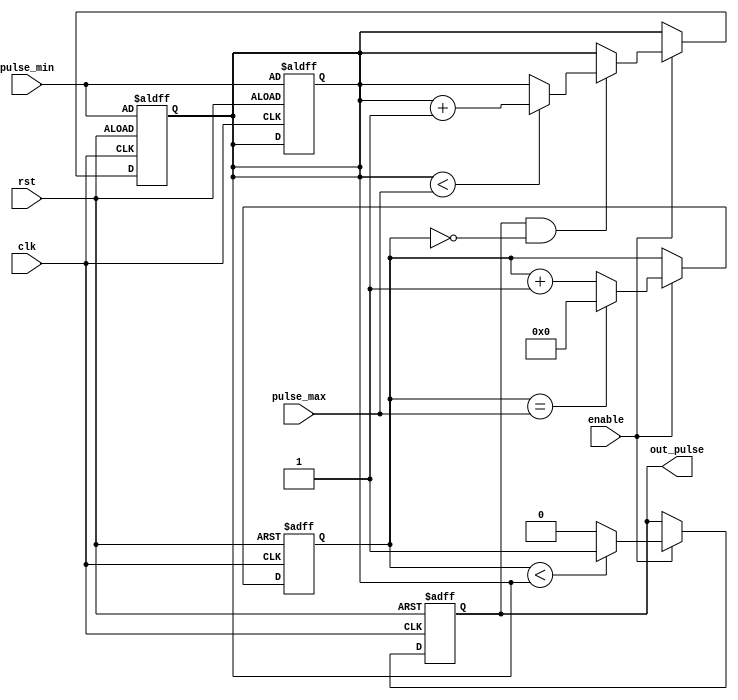
module VariablePulseWidthGenerator (
    input wire clk,
    input wire rst,
    input wire enable,
    input wire [7:0] pulse_min,
    input wire [7:0] pulse_max,
    output reg out_pulse
);

reg [15:0] counter;
reg [7:0] pulse_width;

always @(posedge clk or posedge rst) begin
    if (rst) begin
        counter <= 0;
        pulse_width <= pulse_min;
        out_pulse <= 0;
    end else begin
        if (enable) begin
            if (counter < pulse_width) begin
                out_pulse <= 1;
            end else begin
                out_pulse <= 0;
            end
            counter <= counter + 1;
            if (counter == pulse_max) begin
                counter <= 0;
            end
        end
    end
end

always @(posedge clk or posedge rst) begin
    if (rst) begin
        pulse_width <= pulse_min;
    end else begin
        if (enable) begin
            if (out_pulse && counter == 0) begin
                if (pulse_width < pulse_max) begin
                    pulse_width <= pulse_width + 1;
                end
            end
        end
    end
end

endmodule